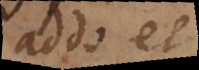
addo et